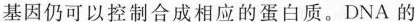
基因仍可以控制合成相应的蛋白质。DNA的